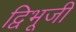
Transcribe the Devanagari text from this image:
द्विभूजी